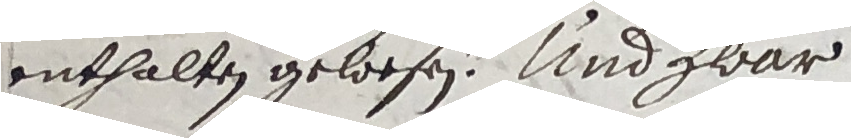
enthalten gewesen. Und zwar